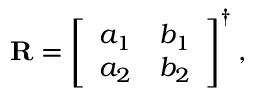
\mathbf { R } = \left[ \begin{array} { l l } { a _ { 1 } } & { b _ { 1 } } \\ { a _ { 2 } } & { b _ { 2 } } \end{array} \right] ^ { \dagger } ,